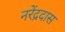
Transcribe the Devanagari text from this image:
नरेंद्रदास